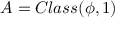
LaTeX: A = C l a s s ( \phi , 1 )